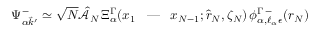
\Psi _ { \alpha \vec { k } ^ { \prime } } ^ { - } \simeq \sqrt { N } \hat { \mathcal { A } } _ { N } \, \Xi _ { \alpha } ^ { \Gamma } ( x _ { 1 } \textrm { \, --- \, } x _ { N - 1 } ; \hat { r } _ { N } , \zeta _ { N } ) \, \phi _ { \alpha , \ell _ { \alpha } \epsilon } ^ { \Gamma \, - } ( r _ { N } )